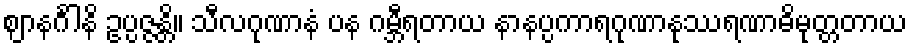
ဈာနင်္ဂါနိ ဥပ္ပဇ္ဇန္တိ။ သီလဂုဏာနံ ပန ဂမ္ဘီရတာယ နာနပ္ပကာရဂုဏာနုဿရဏာဓိမုတ္တတာယ